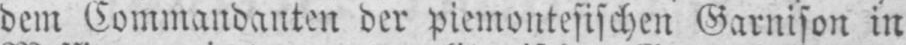
dem Commandanten der piemontesischen Garnison in